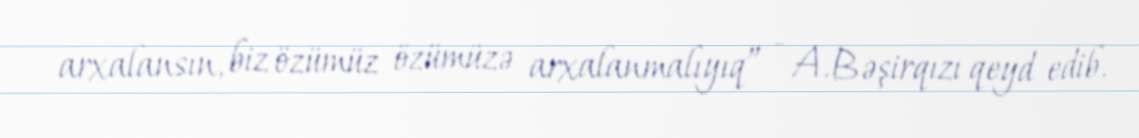
arxalansın, biz özümüz özümüzə arxalanmalıyıq” - A.Bəşirqızı qeyd edib.